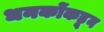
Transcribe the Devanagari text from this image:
धनकोंकडून